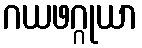
ဂယဖဂ္ဂုယာ